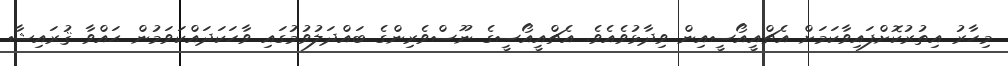
މިހާރު އިތުރުކޮށްފައިވާކަމަށް އެޗްއީއޯސީއިން ވިދާޅުވެއެވެ. އެޗްއީއޯސީގެ ނޫސްވެރިންގެ ބައްދަލުވުމުގައި ވާހަކަދައްކަވަމުން ޙައްވާ ޤުރައިޝާ